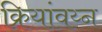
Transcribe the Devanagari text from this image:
क्रियांवय्न